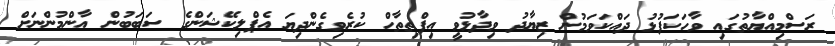
ރަސްމިއްޔާތުގައި ވާހަކަފުޅު ދައްކަވަމުން ޒިޔާދު ވިދާޅުވީ އިފްތިތާހް ކުރެވިގެންދިޔަ އެޕްލިކޭޝަންގެ ސަބަބުން އާންމުންނަށް